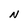
Character: N